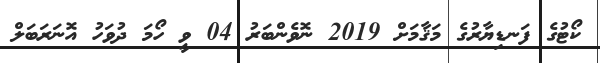
ކޯޓުގެ ފަނޑިޔާރުގެ މަޤާމަށް 2019 ނޮވެންބަރު 04 ވީ ހޯމަ ދުވަހު އޮނަރަބަލް